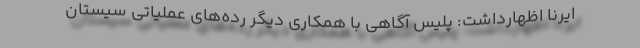
ایرنا اظهارداشت: پلیس آگاهی با همکاری دیگر رده‌های عملیاتی سیستان